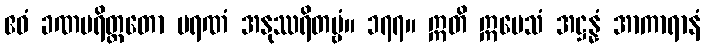
ဧဝံ ခဏပရိတ္တတော မရဏံ အနုဿရိတဗ္ဗံ။ ၁၇၇။ ဣတိ ဣမေသံ အဋ္ဌန္နံ အာကာရာနံ